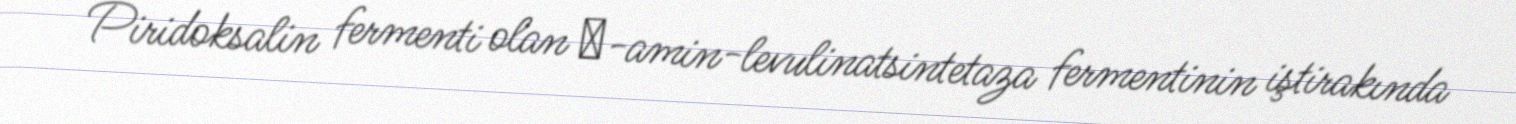
Piridoksalin fermenti olan δ-amin-levulinatsintetaza fermentinin iştirakında